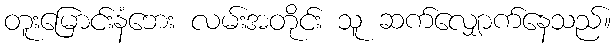
တူးမြောင်းနံဘေး လမ်းအတိုင်း သူ ဆက်လျှောက်နေသည်။